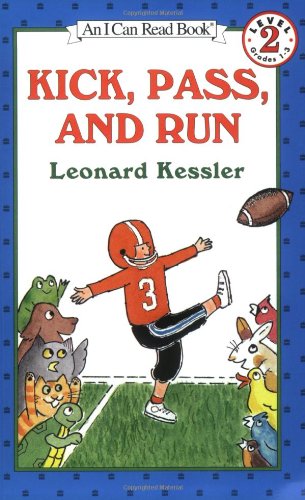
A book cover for Kick, Pass, and Run (I Can Read Level 2); Leonard Kessler; Children's Books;